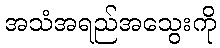
အသံအရည်အသွေးကို